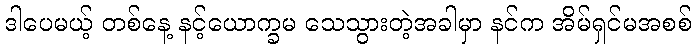
ဒါပေမယ့် တစ်နေ့ နင့်ယောက္ခမ သေသွားတဲ့အခါမှာ နင်က အိမ်ရှင်မအစစ်